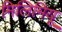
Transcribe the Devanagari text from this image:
मिलिमियू